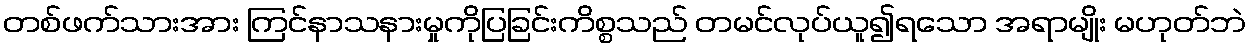
တစ်ဖက်သားအား ကြင်နာသနားမှုကိုပြခြင်းကိစ္စသည် တမင်လုပ်ယူ၍ရသော အရာမျိုး မဟုတ်ဘဲ